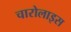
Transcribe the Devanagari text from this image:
चारोलाइस